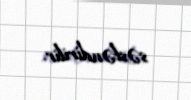
səsləndirilir.